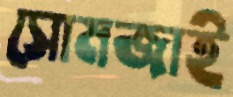
সোমজাই